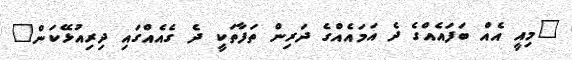
"މިއީ އެއް ބަފައެއްގެ ދެ އަމައެއްގެ ދަރިން ތަފާތަކީ ދެ ގެއެއްގައި ދިރިއުޅޭކަން"